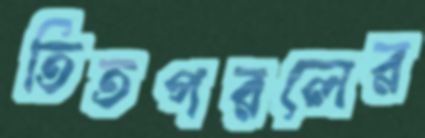
তিতপরলের